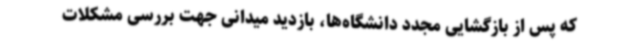
که پس از بازگشایی مجدد دانشگاه‌ها، بازدید میدانی جهت بررسی مشکلات